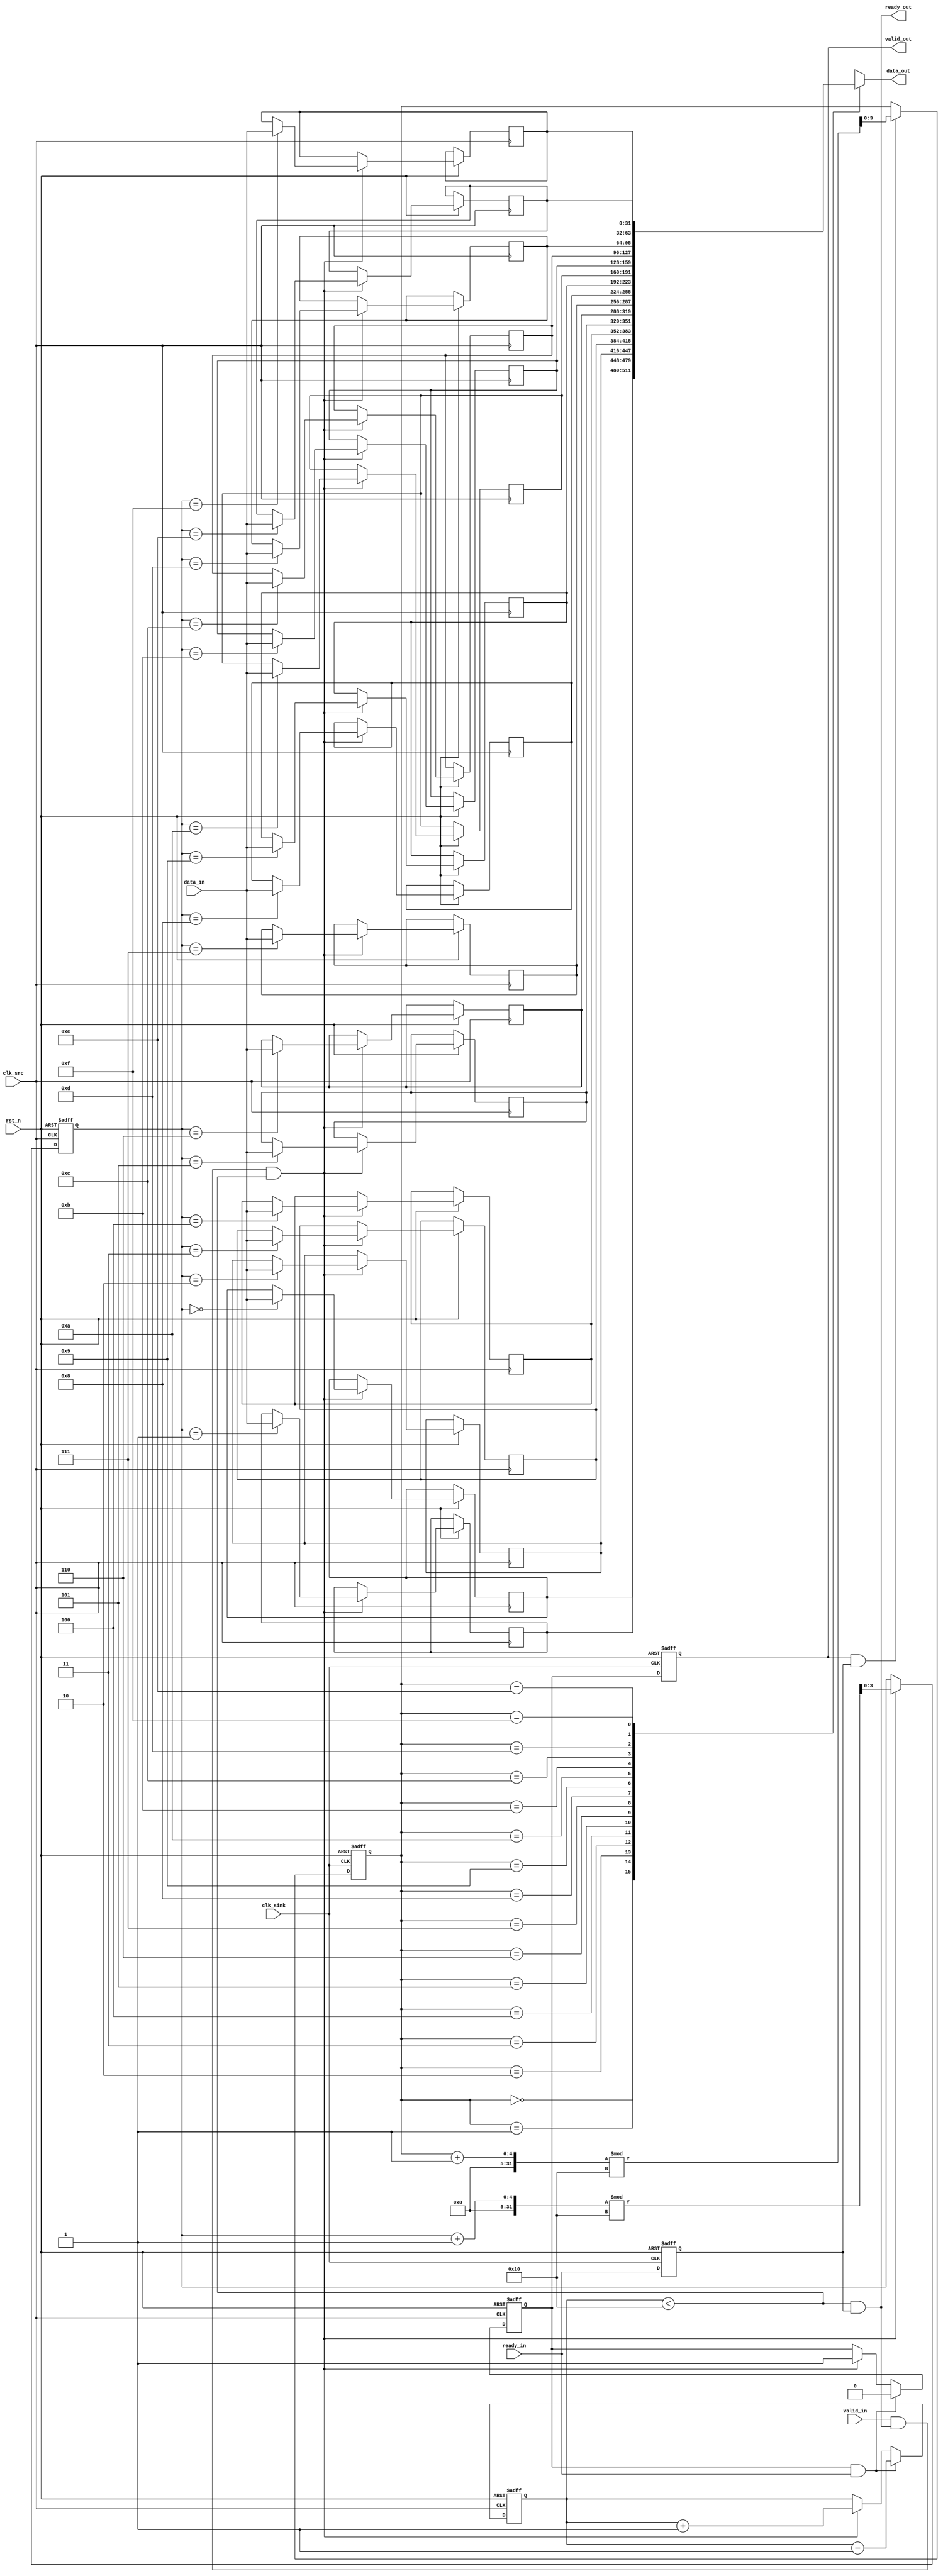
module burst_mode_synchronizer #(
    parameter DATA_WIDTH = 32,
    parameter FIFO_DEPTH = 16
)(
    input wire clk_src,                // Source clock
    input wire clk_sink,               // Sink clock
    input wire rst_n,                  // Active low reset
    input wire [DATA_WIDTH-1:0] data_in, // Data input from source
    input wire valid_in,               // Valid signal from source
    output wire ready_out,             // Ready signal to source
    output wire [DATA_WIDTH-1:0] data_out, // Data output to sink
    output wire valid_out,             // Valid signal to sink
    input wire ready_in                // Ready signal from sink
);

    // FIFO buffer
    reg [DATA_WIDTH-1:0] fifo [0:FIFO_DEPTH-1];
    reg [3:0] write_ptr, read_ptr;
    reg [3:0] fifo_count;

    // Handshake signals
    reg valid_fifo;
    reg ready_fifo;

    // Synchronization logic
    reg valid_sync;
    reg ready_sync;

    // Burst control logic
    reg burst_active;

    // Reset logic
    always @(posedge clk_src or negedge rst_n) begin
        if (!rst_n) begin
            write_ptr <= 0;
            fifo_count <= 0;
            valid_fifo <= 0;
            burst_active <= 0;
        end else begin
            if (valid_in && ready_out && fifo_count < FIFO_DEPTH) begin
                fifo[write_ptr] <= data_in;
                write_ptr <= (write_ptr + 1) % FIFO_DEPTH;
                fifo_count <= fifo_count + 1;
                valid_fifo <= 1;
            end
            if (valid_fifo && ready_in) begin
                valid_fifo <= 0;
                fifo_count <= fifo_count - 1;
                if (fifo_count == 1) begin
                    burst_active <= 0; // End of burst
                end
            end
        end
    end

    // Synchronization of valid signal
    always @(posedge clk_sink or negedge rst_n) begin
        if (!rst_n) begin
            valid_sync <= 0;
            ready_sync <= 1; // Initially ready
        end else begin
            valid_sync <= valid_fifo;
            ready_sync <= ready_in;
        end
    end

    // Output logic
    assign data_out = fifo[read_ptr];
    assign valid_out = valid_sync;
    assign ready_out = (fifo_count < FIFO_DEPTH) && ready_sync;

    // Read logic
    always @(posedge clk_sink or negedge rst_n) begin
        if (!rst_n) begin
            read_ptr <= 0;
            burst_active <= 0;
        end else begin
            if (valid_sync && ready_sync) begin
                read_ptr <= (read_ptr + 1) % FIFO_DEPTH;
                if (fifo_count > 0) begin
                    burst_active <= 1; // Start of burst
                end
            end
        end
    end

endmodule